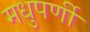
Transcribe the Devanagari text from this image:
मधुपर्णी